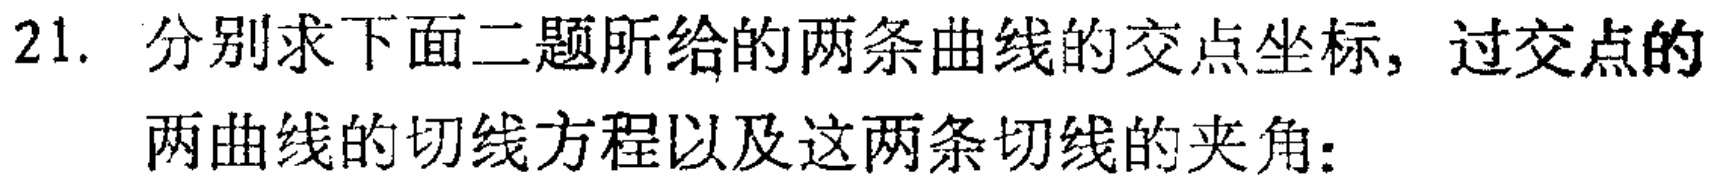
21. 分别求下面二题所给的两条曲线的交点坐标，过交点的两曲线的切线方程以及这两条切线的夹角：